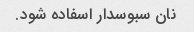
نان سبوسدار اسفاده شود.